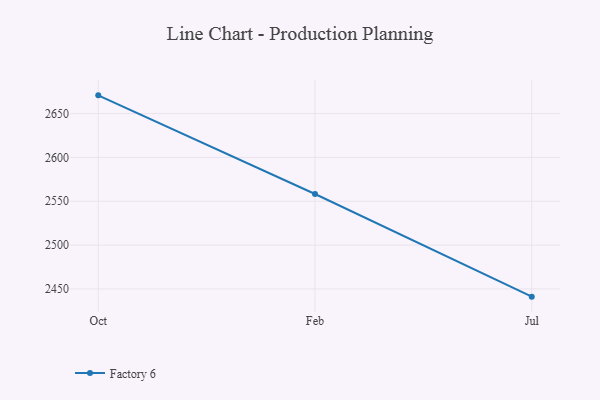
{"axis": {"x": "Month", "y": "Page Views"}, "legend": ["Factory 6"], "data": [{"x": "Oct", "y": 2670.8, "type": "Factory 6"}, {"x": "Feb", "y": 2558.3, "type": "Factory 6"}, {"x": "Jul", "y": 2441.2, "type": "Factory 6"}]}